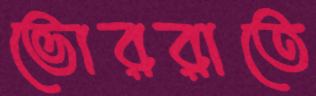
ভোররাতে